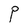
Character: P